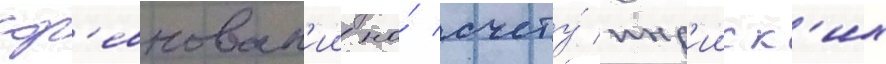
сор'евнован'ии на́ счету́ инд'ииск'их